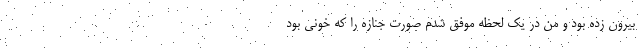
بیرون زده بود و من در یک لحظه موفق شدم صورت جنازه را که خونی بود